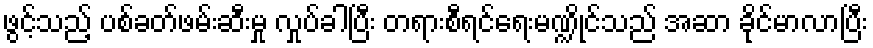
ဖွင့်သည့် ပစ်ခတ်ဖမ်းဆီးမှု လှုပ်ခါပြီး တရားစီရင်ရေးမဏ္ဍိုင်သည် အဆာ ခိုင်မာလာပြီး